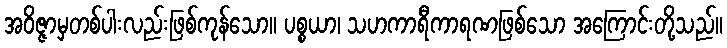
အဝိဇ္ဇာမှတစ်ပါးလည်းဖြစ်ကုန်သော။ ပစ္စယာ၊ သဟကာရီကာရဏဖြစ်သော အကြောင်းတို့သည်။